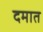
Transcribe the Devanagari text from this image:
दमात